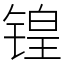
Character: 锽